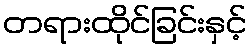
တရားထိုင်ခြင်းနှင့်